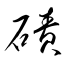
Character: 磧